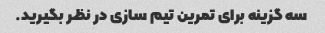
سه گزینه برای تمرین تیم سازی در نظر بگیرید.